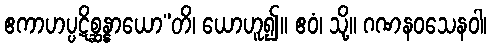
ဧကာဟပ္ပဋိစ္ဆန္နာယော”တိ၊ ယောဟူ၍။ ဧဝံ၊ သို့။ ဂဏနဝသေနဝါ၊